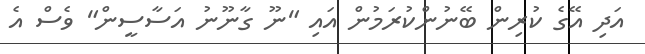
އަދި އޭގެ ކުރިން ބޭނުންކުރަމުން އައި "ނޫ ގާނޫނު އަސާސީން" ވެސް އެ